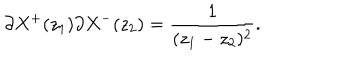
\partial X ^ { + } ( z _ { 1 } ) \partial X ^ { - } ( z _ { 2 } ) = \frac { 1 } { ( z _ { 1 } - z _ { 2 } ) ^ { 2 } } .